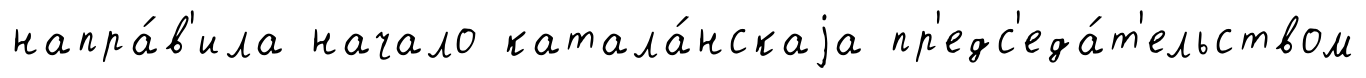
напра́в'ила начало катала́нскаjа пр'едс'еда́т'ельством